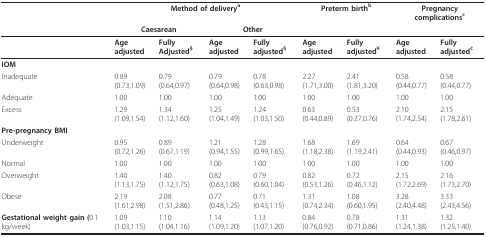
<table><thead><tr><td></td><td colspan="4"><b>Method of delivery<sup>a</sup></b></td><td colspan="2"><b>Preterm birth<sup>b</sup></b></td><td colspan="2"><b>Pregnancy complications<sup>c</sup></b></td></tr><tr><td></td><td colspan="2"><b>Caesarean</b></td><td colspan="2"><b>Other</b></td><td></td><td></td><td></td><td></td></tr></thead><tbody><tr><td></td><td><b>Age adjusted</b></td><td><b>Fully Adjusted<sup>§</sup></b></td><td><b>Age adjusted</b></td><td><b>Fully adjusted</b><sup><b>§</b></sup></td><td><b>Age adjusted</b></td><td><b>Fully adjusted</b><sup><b>¥</b></sup></td><td><b>Age adjusted</b></td><td><b>Fully adjusted</b><sup><b>¢</b></sup></td></tr><tr><td><b>IOM</b></td><td></td><td></td><td></td><td></td><td></td><td></td><td></td><td></td></tr><tr><td>Inadequate</td><td>0.89(0.73,1.09)</td><td>0.79(0.64,0.97)</td><td>0.79(0.64,0.98)</td><td>0.78(0.63,0.98)</td><td>2.27(1.71,3.00)</td><td>2.41(1.81,3.20)</td><td>0.58(0.44,0.77)</td><td>0.58(0.44,0.77)</td></tr><tr><td>Adequate</td><td>1.00</td><td>1.00</td><td>1.00</td><td>1.00</td><td>1.00</td><td>1.00</td><td>1.00</td><td>1.00</td></tr><tr><td>Excess</td><td>1.29(1.09,1.54)</td><td>1.34(1.12,1.60)</td><td>1.25(1.04,1.49)</td><td>1.24(1.03,1.50)</td><td>0.63(0.44,0.89)</td><td>0.53(0.37,0.76)</td><td>2.10(1.74,2.54)</td><td>2.15(1.78,2.61)</td></tr><tr><td><b>Pre-pregnancy BMI</b></td><td></td><td></td><td></td><td></td><td></td><td></td><td></td><td></td></tr><tr><td>Underweight</td><td>0.95(0.72,1.26)</td><td>0.89(0.67,1.19)</td><td>1.21(0.94,1.55)</td><td>1.28(0.99,1.65)</td><td>1.68(1.18,2.38)</td><td>1.69(1.19,2.41)</td><td>0.64(0.44,0.93)</td><td>0.67(0.46,0.97)</td></tr><tr><td>Normal</td><td>1.00</td><td>1.00</td><td>1.00</td><td>1.00</td><td>1.00</td><td>1.00</td><td>1.00</td><td>1.00</td></tr><tr><td>Overweight</td><td>1.40(1.13,1.75)</td><td>1.40(1.12,1.75)</td><td>0.82(0.63,1.08)</td><td>0.79(0.60,1.04)</td><td>0.82(0.53,1.26)</td><td>0.72(0.46,1.12)</td><td>2.15(1.72,2.69)</td><td>2.16(1.73,2.70)</td></tr><tr><td>Obese</td><td>2.19(1.61,2.98)</td><td>2.08(1.51,2.86)</td><td>0.77(0.48,1.25)</td><td>0.71(0.43,1.15)</td><td>1.31(0.74,2.34)</td><td>1.08(0.60,1.95)</td><td>3.28(2.40,4.48)</td><td>3.33(2.43,4.56)</td></tr><tr><td><b>Gestational weight gain (</b>0.1 kg/week)</td><td>1.09(1.03,1.15)</td><td>1.10(1.04,1.16)</td><td>1.14(1.09,1.20)</td><td>1.13(1.07,1.20)</td><td>0.84(0.76,0.92)</td><td>0.78(0.71,0.86)</td><td>1.31(1.24,1.38)</td><td>1.32(1.25,1.40)</td></tr></tbody></table>